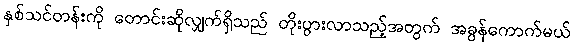
နှစ်သင်တန်းကို တောင်းဆိုလျှက်ရှိသည် တိုးပွားလာသည့်အတွက် အခွန်ကောက်မယ်